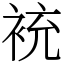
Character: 䘪